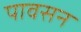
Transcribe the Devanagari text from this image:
पावसन